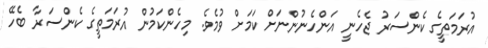
އުރަމަތީގެ ކެންސަރު ޖެހެނީ އަންހެނުންނަށް ކަމަށް ވުމެވެ. މިހެންކަމުން އުރަމަތީގެ ކެންސަރާ ބެހޭ